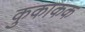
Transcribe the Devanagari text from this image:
कुकाकक